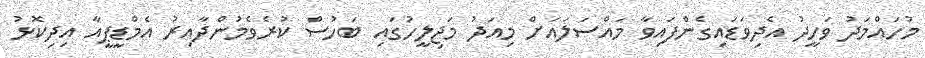
މުހައްމަދު ވަހީދު އެދިވަޑައިގެންފައިވާ މައްސަލައަށް މިއަދު މަޖިލީހުގައި ބަހުސް ކުރެވެމުންދާއިރު އެމްޑީޕީއާ އިދިކޮޅު